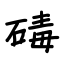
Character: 碡